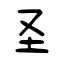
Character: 圣